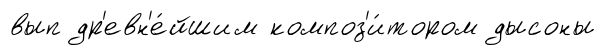
вып др'евн'е́йшим композ'и́тором дысоны